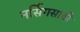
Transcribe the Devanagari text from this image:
नर्सिगसाठी